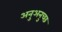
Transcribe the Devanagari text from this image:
अनुअनुच्छ